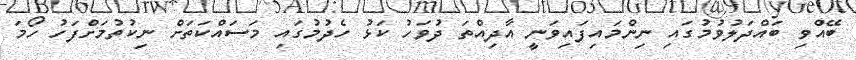
ބޭއްވި ބައްދަލުވުމުގައި ނިންމައިފައިވަނީ އާދިއްތަ ދުވަހު ކަޅު ހެދުމުގައި މަސައްކަތަށް ނިކުތުމަށްފަހު ހޯމަ